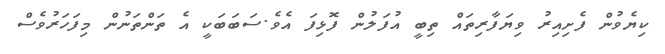
ކިޔެވުން ފެށިއިރު ވިޔަފާރިތައް ތިބީ އުފަލުން ފޮޅިފަ އެވެ.ސަބަބަކީ އެ ތަންތަނުން މިފަހަރުވެސް